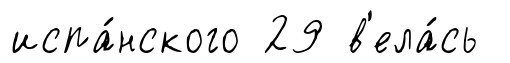
испа́нского 29 в'ела́сь